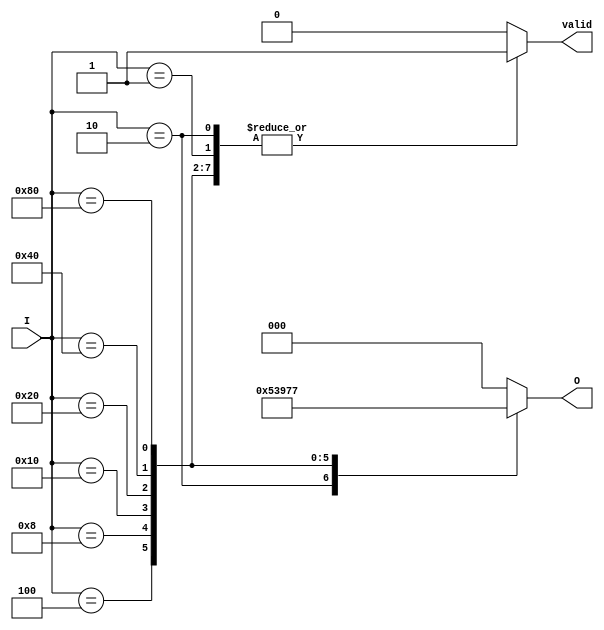
module one_of_n_encoder (
    input  wire [7:0] I,  // 8 input lines
    output reg  [2:0] O,  // 3 output lines for binary representation
    output reg  valid     // indicates if a valid input is present
);

always @(*) begin
    // Default values
    O = 3'b000;  // Default output
    valid = 0;   // Default valid signal

    case (I)
        8'b00000001: begin O = 3'b000; valid = 1; end // I[0]
        8'b00000010: begin O = 3'b001; valid = 1; end // I[1]
        8'b00000100: begin O = 3'b010; valid = 1; end // I[2]
        8'b00001000: begin O = 3'b011; valid = 1; end // I[3]
        8'b00010000: begin O = 3'b100; valid = 1; end // I[4]
        8'b00100000: begin O = 3'b101; valid = 1; end // I[5]
        8'b01000000: begin O = 3'b110; valid = 1; end // I[6]
        8'b10000000: begin O = 3'b111; valid = 1; end // I[7]
        default: begin // No input is high
            O = 3'b000; // Could also set to a different value based on design choice
            valid = 0;  // No valid input
        end
    endcase
end

endmodule